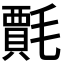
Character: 𭯦